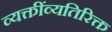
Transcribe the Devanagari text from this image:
व्यक्तींव्यतिरिक्त